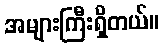
အများကြီးရှိတယ်။